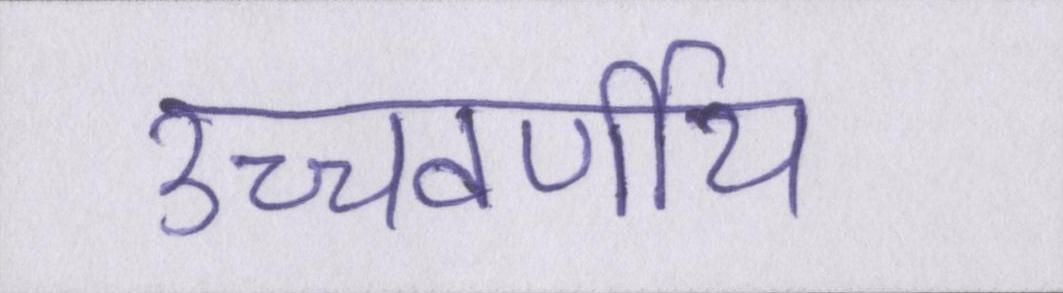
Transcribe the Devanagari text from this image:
उच्चवर्णीय